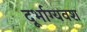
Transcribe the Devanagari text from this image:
दूर्भाग्यवश